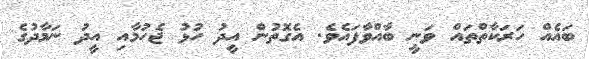
ބައެއް ހަރަކާތްތައް ވަނީ ބާއްވާފައެވެ. އެގޮތުން އީދު ހުޅު ޖެހުމާއި އީދު ނަމާދުގެ